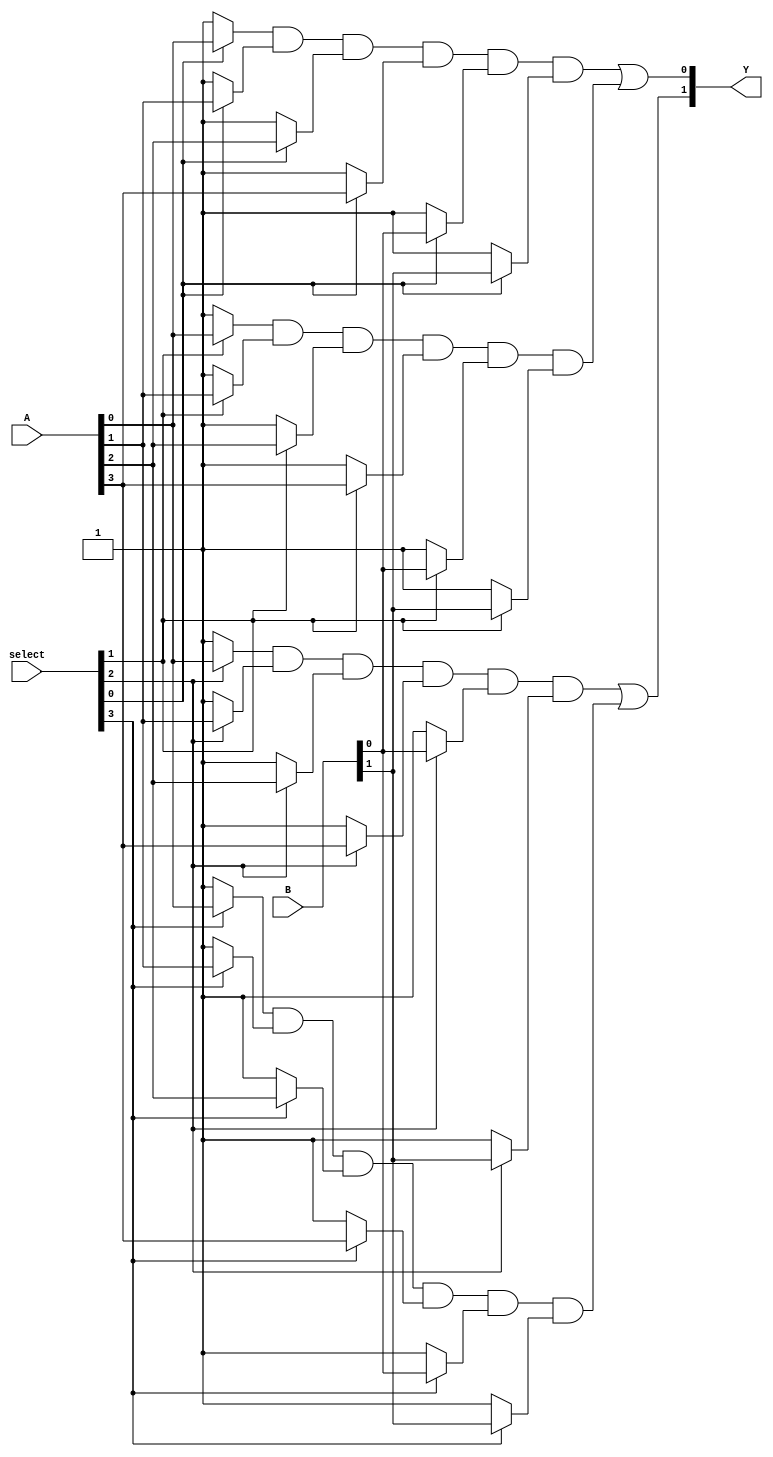
module HS_PAL (
    input wire [N-1:0] A,          // N input pins (A[0] to A[N-1])
    input wire [M-1:0] B,          // M input pins (B[0] to B[M-1])
    input wire [K-1:0] select,     // Select lines for programming the AND array
    output wire [P-1:0] Y          // P output pins (Y[0] to Y[P-1])
);

    // Parameter definitions
    parameter N = 4;               // Number of inputs A
    parameter M = 2;               // Number of inputs B
    parameter K = 4;               // Number of product terms
    parameter P = 2;               // Number of outputs

    // Internal signals for product terms
    wire [K-1:0] product_terms;    // Product terms output from AND array
    wire [P-1:0] or_output;         // Output of OR array

    // Programmable AND array logic
    // Example of simple programmable AND logic
    genvar i;
    generate
        for (i = 0; i < K; i = i + 1) begin : AND_array
            assign product_terms[i] = (select[i] ? A[0] : 1'b1) & 
                                     (select[i] ? A[1] : 1'b1) & 
                                     (select[i] ? A[2] : 1'b1) & 
                                     (select[i] ? A[3] : 1'b1) & 
                                     (select[i] ? B[0] : 1'b1) & 
                                     (select[i] ? B[1] : 1'b1);
        end
    endgenerate

    // Fixed OR array logic
    assign or_output[0] = product_terms[0] | product_terms[1]; // Example OR logic for output 0
    assign or_output[1] = product_terms[2] | product_terms[3]; // Example OR logic for output 1

    // Assign final outputs
    assign Y = or_output;

endmodule